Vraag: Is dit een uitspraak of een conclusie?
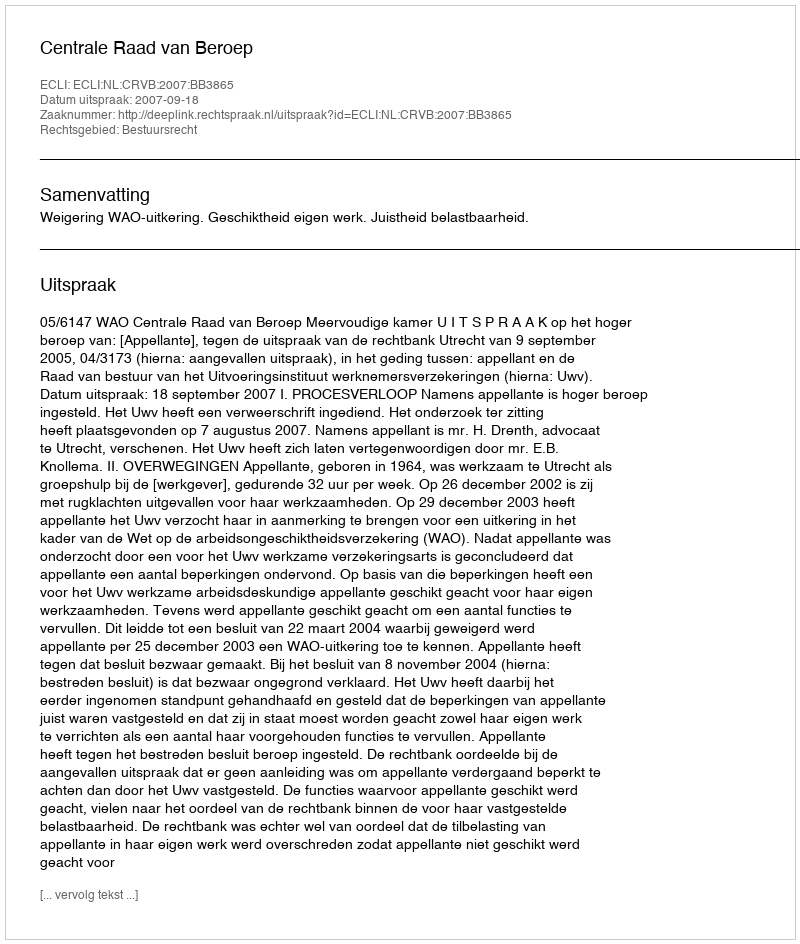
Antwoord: Uitspraak